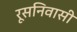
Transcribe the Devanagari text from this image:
रूसनिवासी